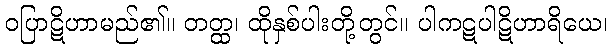
ဝပြာဋိဟာမည်၏။ တတ္ထ၊ ထိုနှစ်ပါးတို့တွင်။ ပါကဋပါဋိဟာရိယေ၊